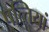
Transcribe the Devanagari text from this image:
पत्‍तियां